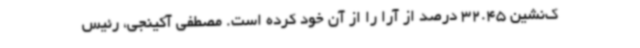
ک‌نشین 32.45 درصد از آرا را از آن خود کرده است. مصطفی آکینجی، رئیس